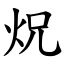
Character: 炾